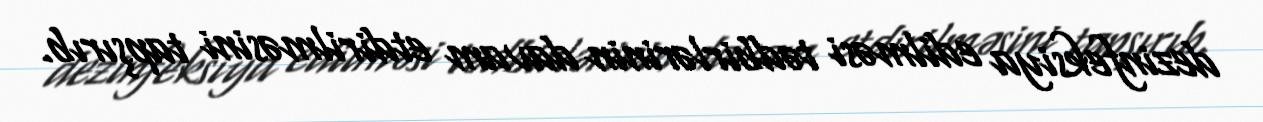
dezinfeksiya edilməsi tədbirlərinin davam etdirilməsini tapşırıb.